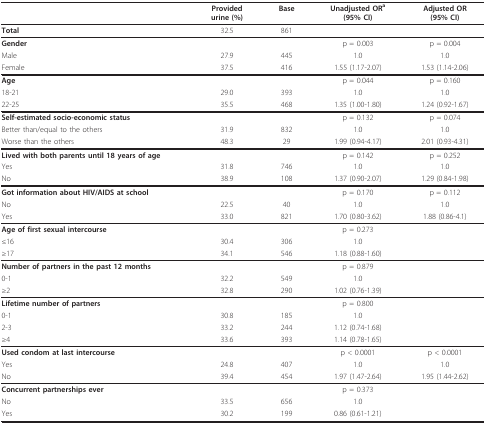
<table><thead><tr><td></td><td><b>Providedurine (%)</b></td><td><b>Base</b></td><td><b>Unadjusted OR<sup>a </sup>(95% CI)</b></td><td><b>Adjusted OR(95% CI)</b></td></tr></thead><tbody><tr><td><b>Total</b></td><td>32.5</td><td>861</td><td></td><td></td></tr><tr><td><b>Gender</b></td><td></td><td></td><td>p = 0.003</td><td>p = 0.004</td></tr><tr><td>Male</td><td>27.9</td><td>445</td><td>1.0</td><td>1.0</td></tr><tr><td>Female</td><td>37.5</td><td>416</td><td>1.55 (1.17-2.07)</td><td>1.53 (1.14-2.06)</td></tr><tr><td><b>Age</b></td><td></td><td></td><td>p = 0.044</td><td>p = 0.160</td></tr><tr><td>18-21</td><td>29.0</td><td>393</td><td>1.0</td><td>1.0</td></tr><tr><td>22-25</td><td>35.5</td><td>468</td><td>1.35 (1.00-1.80)</td><td>1.24 (0.92-1.67)</td></tr><tr><td><b>Self-estimated socio-economic status</b></td><td></td><td></td><td>p = 0.132</td><td>p = 0.074</td></tr><tr><td>Better than/equal to the others</td><td>31.9</td><td>832</td><td>1.0</td><td>1.0</td></tr><tr><td>Worse than the others</td><td>48.3</td><td>29</td><td>1.99 (0.94-4.17)</td><td>2.01 (0.93-4.31)</td></tr><tr><td><b>Lived with both parents until 18 years of age</b></td><td></td><td></td><td>p = 0.142</td><td>p = 0.252</td></tr><tr><td>Yes</td><td>31.8</td><td>746</td><td>1.0</td><td>1.0</td></tr><tr><td>No</td><td>38.9</td><td>108</td><td>1.37 (0.90-2.07)</td><td>1.29 (0.84-1.98)</td></tr><tr><td><b>Got information about HIV/AIDS at school</b></td><td></td><td></td><td>p = 0.170</td><td>p = 0.112</td></tr><tr><td>No</td><td>22.5</td><td>40</td><td>1.0</td><td>1.0</td></tr><tr><td>Yes</td><td>33.0</td><td>821</td><td>1.70 (0.80-3.62)</td><td>1.88 (0.86-4.1)</td></tr><tr><td><b>Age of first sexual intercourse</b></td><td></td><td></td><td>p = 0.273</td><td></td></tr><tr><td>≤16</td><td>30.4</td><td>306</td><td>1.0</td><td></td></tr><tr><td>≥17</td><td>34.1</td><td>546</td><td>1.18 (0.88-1.60)</td><td></td></tr><tr><td><b>Number of partners in the past 12 months</b></td><td></td><td></td><td>p = 0.879</td><td></td></tr><tr><td>0-1</td><td>32.2</td><td>549</td><td>1.0</td><td></td></tr><tr><td>≥2</td><td>32.8</td><td>290</td><td>1.02 (0.76-1.39)</td><td></td></tr><tr><td><b>Lifetime number of partners</b></td><td></td><td></td><td>p = 0.800</td><td></td></tr><tr><td>0-1</td><td>30.8</td><td>185</td><td>1.0</td><td></td></tr><tr><td>2-3</td><td>33.2</td><td>244</td><td>1.12 (0.74-1.68)</td><td></td></tr><tr><td>≥4</td><td>33.6</td><td>393</td><td>1.14 (0.78-1.65)</td><td></td></tr><tr><td><b>Used condom at last intercourse</b></td><td></td><td></td><td>p &lt; 0.0001</td><td>p &lt; 0.0001</td></tr><tr><td>Yes</td><td>24.8</td><td>407</td><td>1.0</td><td>1.0</td></tr><tr><td>No</td><td>39.4</td><td>454</td><td>1.97 (1.47-2.64)</td><td>1.95 (1.44-2.62)</td></tr><tr><td><b>Concurrent partnerships ever</b></td><td></td><td></td><td>p = 0.373</td><td></td></tr><tr><td>No</td><td>33.5</td><td>656</td><td>1.0</td><td></td></tr><tr><td>Yes</td><td>30.2</td><td>199</td><td>0.86 (0.61-1.21)</td><td></td></tr></tbody></table>